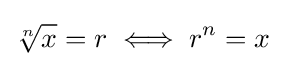
{\sqrt[{n}]{x}}=r\iff r^{n}=x